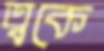
ত্বকে